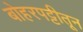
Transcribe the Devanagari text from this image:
बोहरपट्टीतून